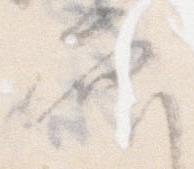
空